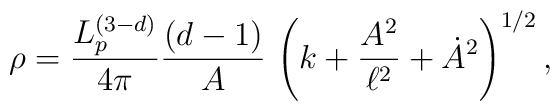
\rho =  \frac{L_p^{(3-d)}}{4\pi} \frac{(d-1)}{A}\,\left(k+\frac{A^2}{\ell^2} +\dot{A}^2 \right)^{1/2},